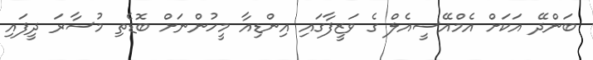
ބަންދޭ އަކަށް އެމްއޭސީއެލް ގެ ވަޒީފާގައި އިންޑިއާ މީހުންނަށް ބޮޑެތި މުސާރަ ދީފައި